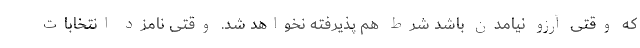
که وقتی آرزو نیامدن باشد شرط هم پذیرفته نخواهد شد. وقتی نامزد انتخابات